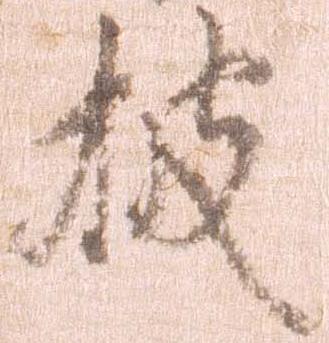
披